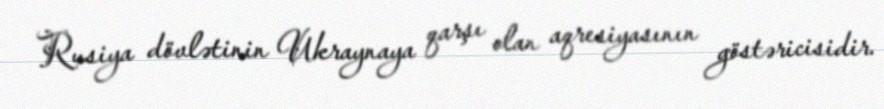
Rusiya dövlətinin Ukraynaya qarşı olan aqresiyasının göstəricisidir.